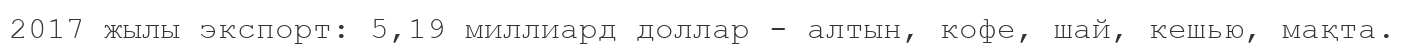
2017 жылы экспорт: 5,19 миллиард доллар - алтын, кофе, шай, кешью, мақта.